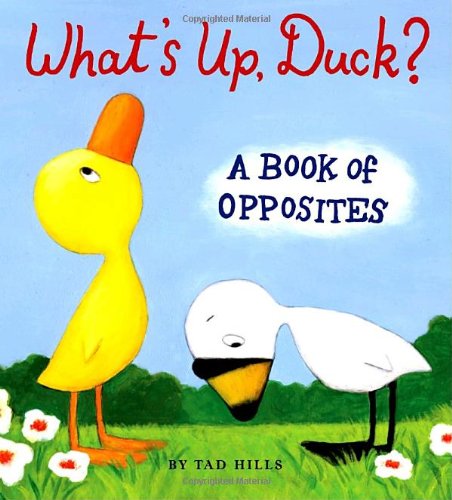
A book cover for What's Up, Duck?: A Book of Opposites (Duck & Goose); Tad Hills; Children's Books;